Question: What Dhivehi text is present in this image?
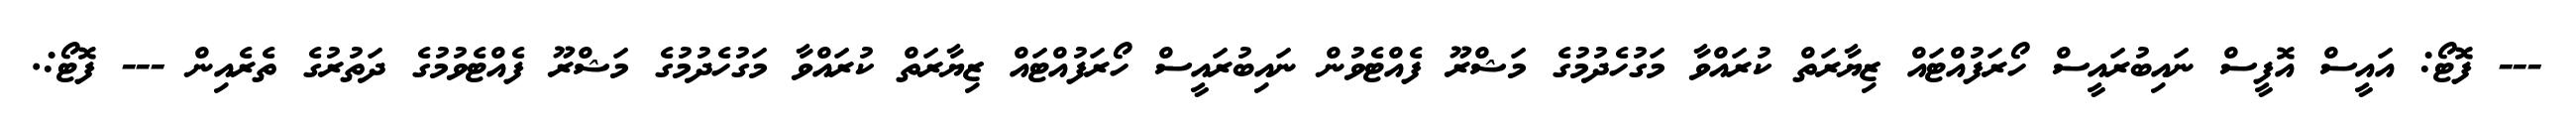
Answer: --- ފޮޓޯ: އައީސް އޮފީސް ނައިބުރައީސް ހޯރަފުއްޓައް ޒިޔާރަތް ކުރައްވާ މަގުހެދުމުގެ މަޝްރޫ ފެއްޓެވުން ނައިބުރައީސް ހޯރަފުއްޓައް ޒިޔާރަތް ކުރައްވާ މަގުހެދުމުގެ މަޝްރޫ ފެއްޓެވުމުގެ ދަތުރުގެ ތެރެއިން --- ފޮޓޯ:.